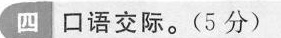
四 口语交际。(5分)